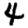
Digit: 4